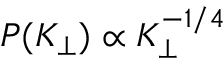
P ( K _ { \perp } ) \propto K _ { \perp } ^ { - 1 / 4 }